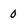
Character: 0